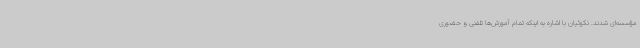
مؤسسه‌ای شدند. نکوئیان با اشاره به اینکه تمام آموزش‌ها تلفنی و حضوری